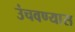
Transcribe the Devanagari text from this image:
उंचवण्यास